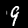
Label: 9